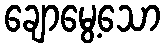
ချောမွေ့သော